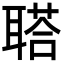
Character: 𦖿